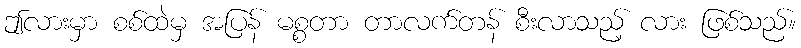
ဤလားမှာ စစ်ထဲမှ အပြန် မစ္စတာ တာလက်တန် စီးလာသည့် လား ဖြစ်သည်။